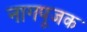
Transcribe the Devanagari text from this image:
नागपूजक